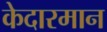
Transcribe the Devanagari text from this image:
केदारमान